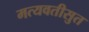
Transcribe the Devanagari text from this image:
मत्यवतीसुत